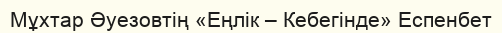
Мұхтар Әуезовтің «Еңлік – Кебегінде» Еспенбет